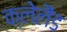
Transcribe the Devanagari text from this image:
क्लेलैंड